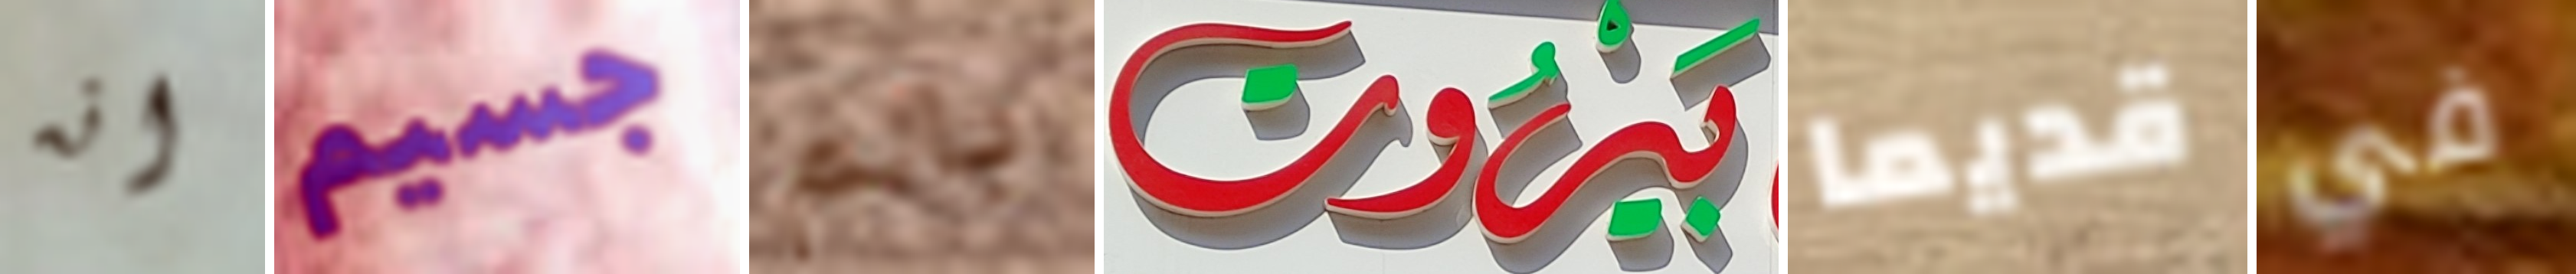
انه جسيم بالم بيروت قديما في